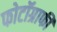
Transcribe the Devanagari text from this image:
फोटॉग्राफी